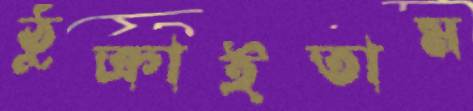
ঠুক্‌রাইতাম